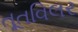
તૂતવિલર